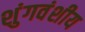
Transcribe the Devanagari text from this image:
शुंगवंशीय